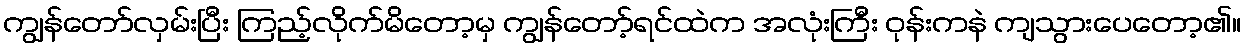
ကျွန်တော်လှမ်းပြီး ကြည့်လိုက်မိတော့မှ ကျွန်တော့်ရင်ထဲက အလုံးကြီး ဝုန်းကနဲ ကျသွားပေတော့၏။